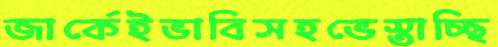
জার্কেইভাবিসহভেস্তাচ্ছি